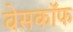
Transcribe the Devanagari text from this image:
वेसकॉफ